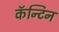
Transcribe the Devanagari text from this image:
कॅन्टिन